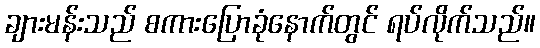
ချားမန်းသည် စကားပြောခုံနောက်တွင် ရပ်လိုက်သည်။